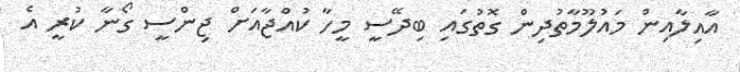
އާއިލާާއިން މައުލޫމާތުދިން ގޮތުގައި ބިދޭސީ މީހާ ކުއްޖާއަށް ޖިންސީ ގޯނާ ކުރީ އެ